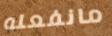
مانفعله